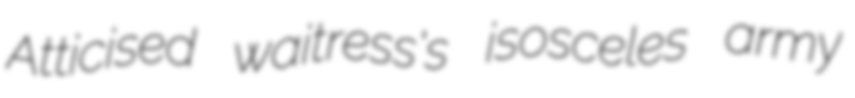
Atticised waitress's isosceles army